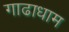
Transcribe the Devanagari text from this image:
गाढाधाम